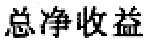
总净收益